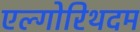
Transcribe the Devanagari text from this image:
एल्गोरिथदम